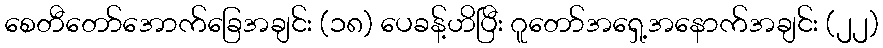
စေတီတော်အောက်ခြေအချင်း (၁၈) ပေခန့်ဟိပြီး ဂူတော်အရှေ့အနောက်အချင်း (၂၂)